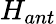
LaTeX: H_{ant}